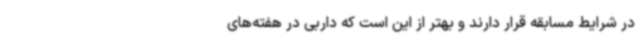
در شرایط مسابقه قرار دارند و بهتر از این است که داربی در هفته‌های